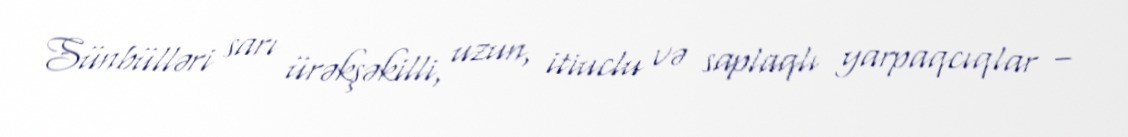
Sünbülləri sarı ürəkşəkilli, uzun, itiuclu və saplaqlı yarpaqcıqlar –